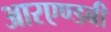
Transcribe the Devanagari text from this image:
आरएण्डबी